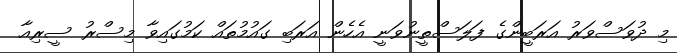
މި ދުވަސްވަރު އަރަބީންގެ ފަލަސްތީނުވަނީ އެހެން އަރަބި ގައުމުތައް ކަމުގައިވާ މިސްރު ސީރިއާ